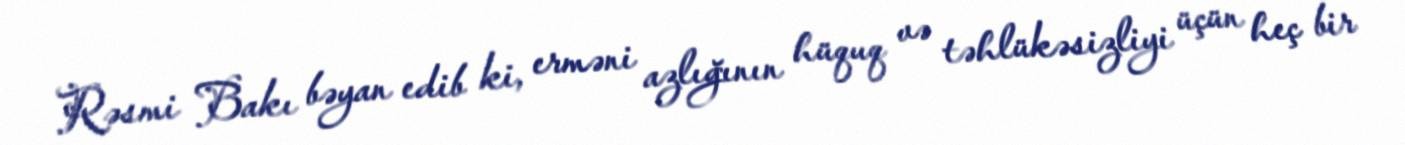
Rəsmi Bakı bəyan edib ki, erməni azlığının hüquq və təhlükəsizliyi üçün heç bir